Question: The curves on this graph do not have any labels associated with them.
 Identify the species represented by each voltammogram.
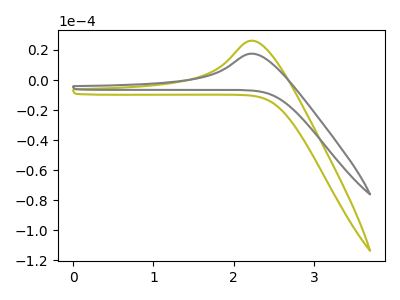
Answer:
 <answer>The olive curve does not have a label. The gray curve does not have a label.</answer>
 <eval></eval>